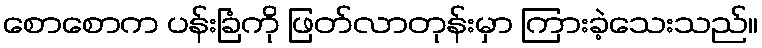
စောစောက ပန်းခြံကို ဖြတ်လာတုန်းမှာ ကြားခဲ့သေးသည်။